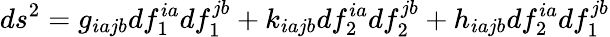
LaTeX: ds^{2}=g_{iajb}df_{1}^{ia}df_{1}^{jb}+k_{iajb}df_{2}^{ia}df_{2}^{jb}+h_{iajb}df_{2}^{ia}df_{1}^{jb}